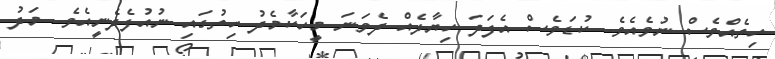
ހިތެއްވެސް ނުވެއެވެ. ކުޑަވެސް އެފަދަ ހިޔާލެއް ދެވަނަ މީހަކާމެދު ހިތުގައި ނުއުފެދެނީއެވެ. މަދު